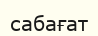
сабағат